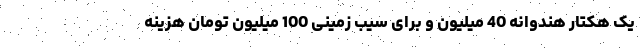
یک هکتار هندوانه 40 میلیون و برای سیب زمینی 100 میلیون تومان هزینه